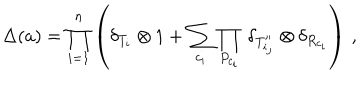
LaTeX: \Delta ( a ) = \prod _ { i = 1 } ^ { n } \left( \delta _ { T _ { i } } \otimes 1 + \sum _ { c _ { i } } \prod _ { P _ { c _ { i } } } \, \delta _ { T _ { i _ { j } } ^ { \prime \prime } } \otimes \delta _ { R _ { c _ { i } } } \right) \, ,